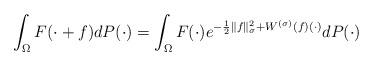
LaTeX: \begin{align*}\int_\Omega F(\cdot+f)dP(\cdot)=\int_\Omega F(\cdot)e^{-\frac{1}{2}\|f\|_\sigma^2+W^{(\sigma)}(f)(\cdot)}dP(\cdot)\end{align*}